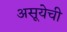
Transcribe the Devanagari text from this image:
असूयेची